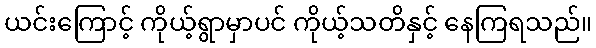
ယင်းကြောင့် ကိုယ့်ရွာမှာပင် ကိုယ့်သတိနှင့် နေကြရသည်။